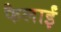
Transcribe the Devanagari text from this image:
फैलाईं